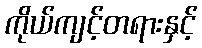
ကိုယ်ကျင့်တရားနှင့်